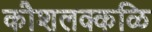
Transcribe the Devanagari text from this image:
कौशलक्कळि